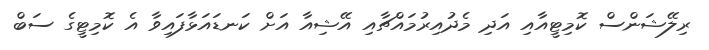
ރިލޭޝަންސް ކޮމިޓީއާއި އަދި މެދުއިރުމައްޗާއި އޭޝިއާ އަށް ކަނޑައަޅާފައިވާ އެ ކޮމިޓީގެ ސަބް